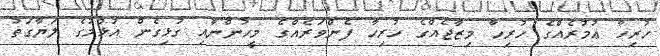
ހުރިހާ ޢުމުރެއްގެ ހުރިހާ މިޒާޖެއްގެ ހުރިހާ ފެންވަރެއްގެ މީހުންނާއި ގުޅިގެން އުޅުމުގެ ލަޔާގަތު